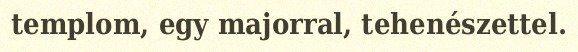
templom, egy majorral, tehenészettel.